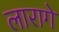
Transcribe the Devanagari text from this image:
लारागे